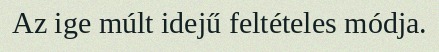
Az ige múlt idejű feltételes módja.